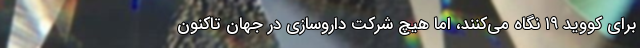
برای کووید ۱۹ نگاه می‌کنند، اما هیچ شرکت داروسازی در جهان تاکنون